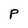
Character: P